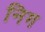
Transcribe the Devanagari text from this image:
निग